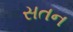
સતન